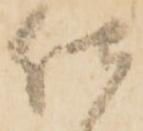
仕